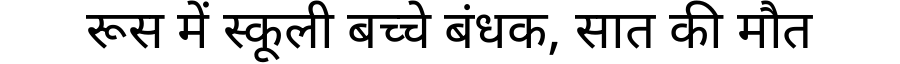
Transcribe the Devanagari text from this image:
रूस में स्कूली बच्चे बंधक, सात की मौत